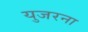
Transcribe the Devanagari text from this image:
युजरना